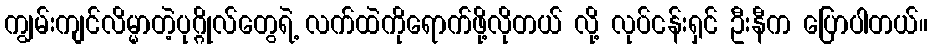
ကျွမ်းကျင်လိမ္မာတဲ့ပုဂ္ဂိုလ်တွေရဲ့ လက်ထဲကိုရောက်ဖို့လိုတယ် လို့ လုပ်ငန်းရှင် ဦးနီက ပြောပါတယ်။